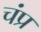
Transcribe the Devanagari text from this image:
चंप्र